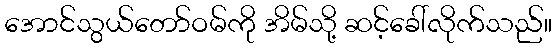
အောင်သွယ်တော်ဝမ်ကို အိမ်သို့ ဆင့်ခေါ်လိုက်သည်။